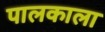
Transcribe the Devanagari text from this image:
पालकाला